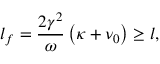
l _ { f } = \frac { 2 \gamma ^ { 2 } } { \omega } \left( \kappa + \nu _ { 0 } \right) \geq l ,